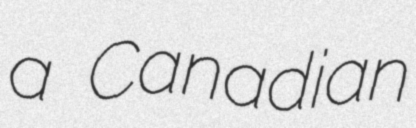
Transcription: a Canadian